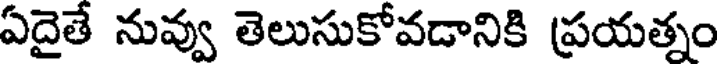
ఏదైతే నువ్వు తెలుసుకోవడానికి ప్రయత్నం